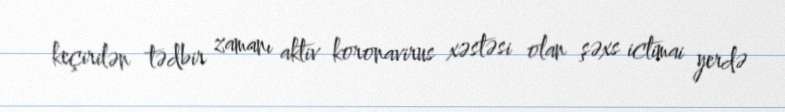
keçirilən tədbir zamanı aktiv koronavirus xəstəsi olan şəxs ictimai yerdə